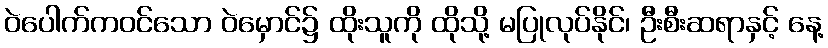
ဝဲပေါက်ကဝင်သော ဝဲမှောင်၌ ထိုးသူကို ထိုသို့ မပြုလုပ်နိုင်၊ ဦးစီးဆရာနှင့် နေ့